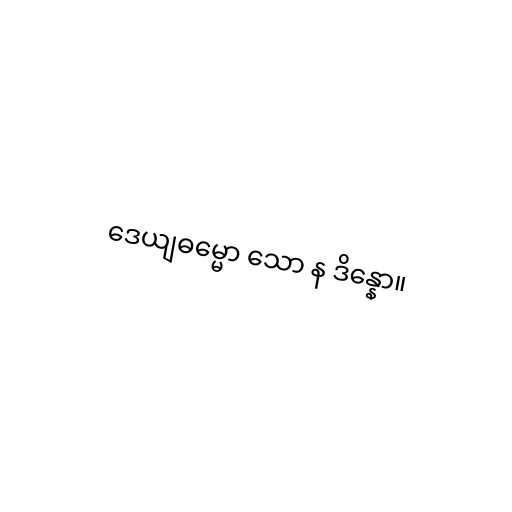
ဒေယျဓမ္မော သော န ဒိန္နော။